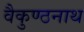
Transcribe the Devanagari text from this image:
वैकुण्ठनाथ